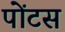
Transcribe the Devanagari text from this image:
पोंटस